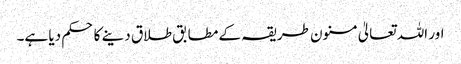
اور اللہ تعالیٰ مسنون طریقہ کے مطابق طلاق دینے کا حکم دیا ہے۔